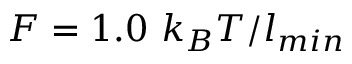
F = 1 . 0 ~ k _ { B } T / l _ { m i n }